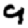
Digit: 9